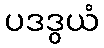
ပဒဒွယံ